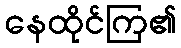
နေထိုင်ကြ၏